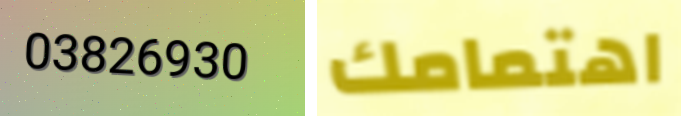
03826930 اهتمامك